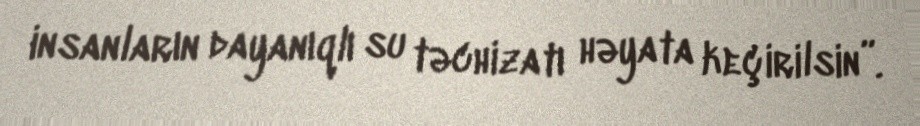
insanların dayanıqlı su təchizatı həyata keçirilsin”.